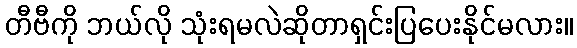
တီဗီကို ဘယ်လို သုံးရမလဲဆိုတာရှင်းပြပေးနိုင်မလား။